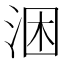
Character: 涃